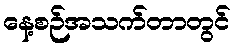
နေ့စဉ်အသက်တာတွင်